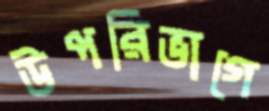
উপরিভাগে